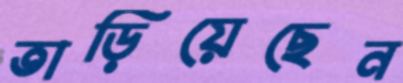
তাড়িয়েছেন